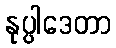
နုပ္ပါဒေတာ